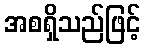
အစရှိသည်ဖြင့်